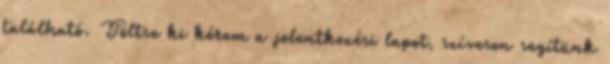
található. Töltse ki kérem a jelentkezési lapot, szívesen segítünk